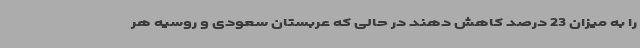
را به میزان 23 درصد کاهش دهند در حالی که عربستان سعودی و روسیه هر